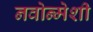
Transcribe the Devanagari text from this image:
नवोन्मेशी